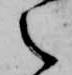
之